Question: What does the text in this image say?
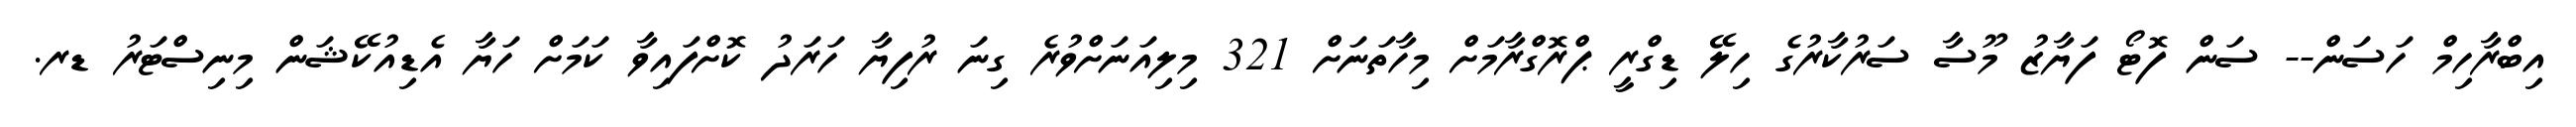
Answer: އިބްރާހިމް ހަސަން-- ސަން ފޮޓޯ ފަޔާޒު މޫސާ ސަރުކާރުގެ ހިލޭ ޑިގްރީ ޕްރޮގްރާމަށް މިހާތަނަށް 321 މިލިއަނަށްވުރެ ގިނަ ރުފިޔާ ހަރަދު ކޮށްފައިވާ ކަމަށް ހަޔާ އެޑިއުކޭޝަން މިނިސްޓަރު ޑރ.